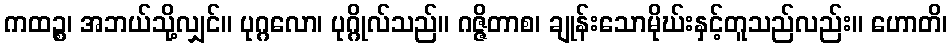
ကထဉ္စ၊ အဘယ်သို့လျှင်။ ပုဂ္ဂလော၊ ပုဂ္ဂိုလ်သည်။ ဂဇ္ဇိတာစ၊ ချုန်းသောမိုဃ်းနှင့်တူသည်လည်း။ ဟောတိ၊